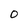
Character: 0